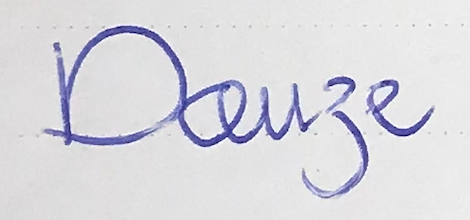
Douze